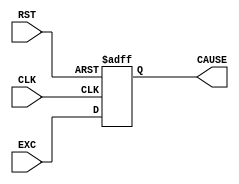
module CAUSE_Reg (
    input   wire                CLK,
    input   wire                RST,
    input   wire    [31:0]      EXC,
    output  reg     [31:0]      CAUSE
);
    always @(posedge CLK, negedge RST) begin
        if(!RST)
            CAUSE <= 32'd0;
        else
            CAUSE <= EXC;
    end


endmodule